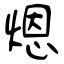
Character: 煾